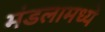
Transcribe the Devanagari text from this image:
मंडलामध्ये